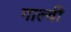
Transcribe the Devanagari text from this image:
गाल्बी